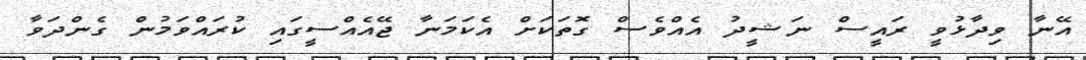
އޭނާ ވިދާޅުވީ ރައީސް ނަޝީދު އެއްވެސް ގޮތަކަށް އެކަމަނާ ޖޭއެއްސީގައި ކުރައްވަމުން ގެންދަވާ